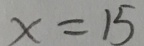
x = 1 5